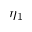
\eta _ { 1 }